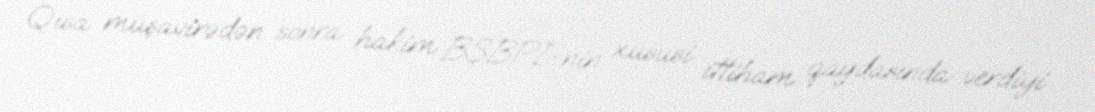
Qısa müşavirədən sonra hakim BŞBPİ-nin xüsusi ittiham qaydasında verdiyi